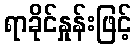
ရာခိုင်နှုန်းဖြင့်